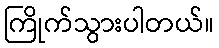
ကြိုက်သွားပါတယ်။